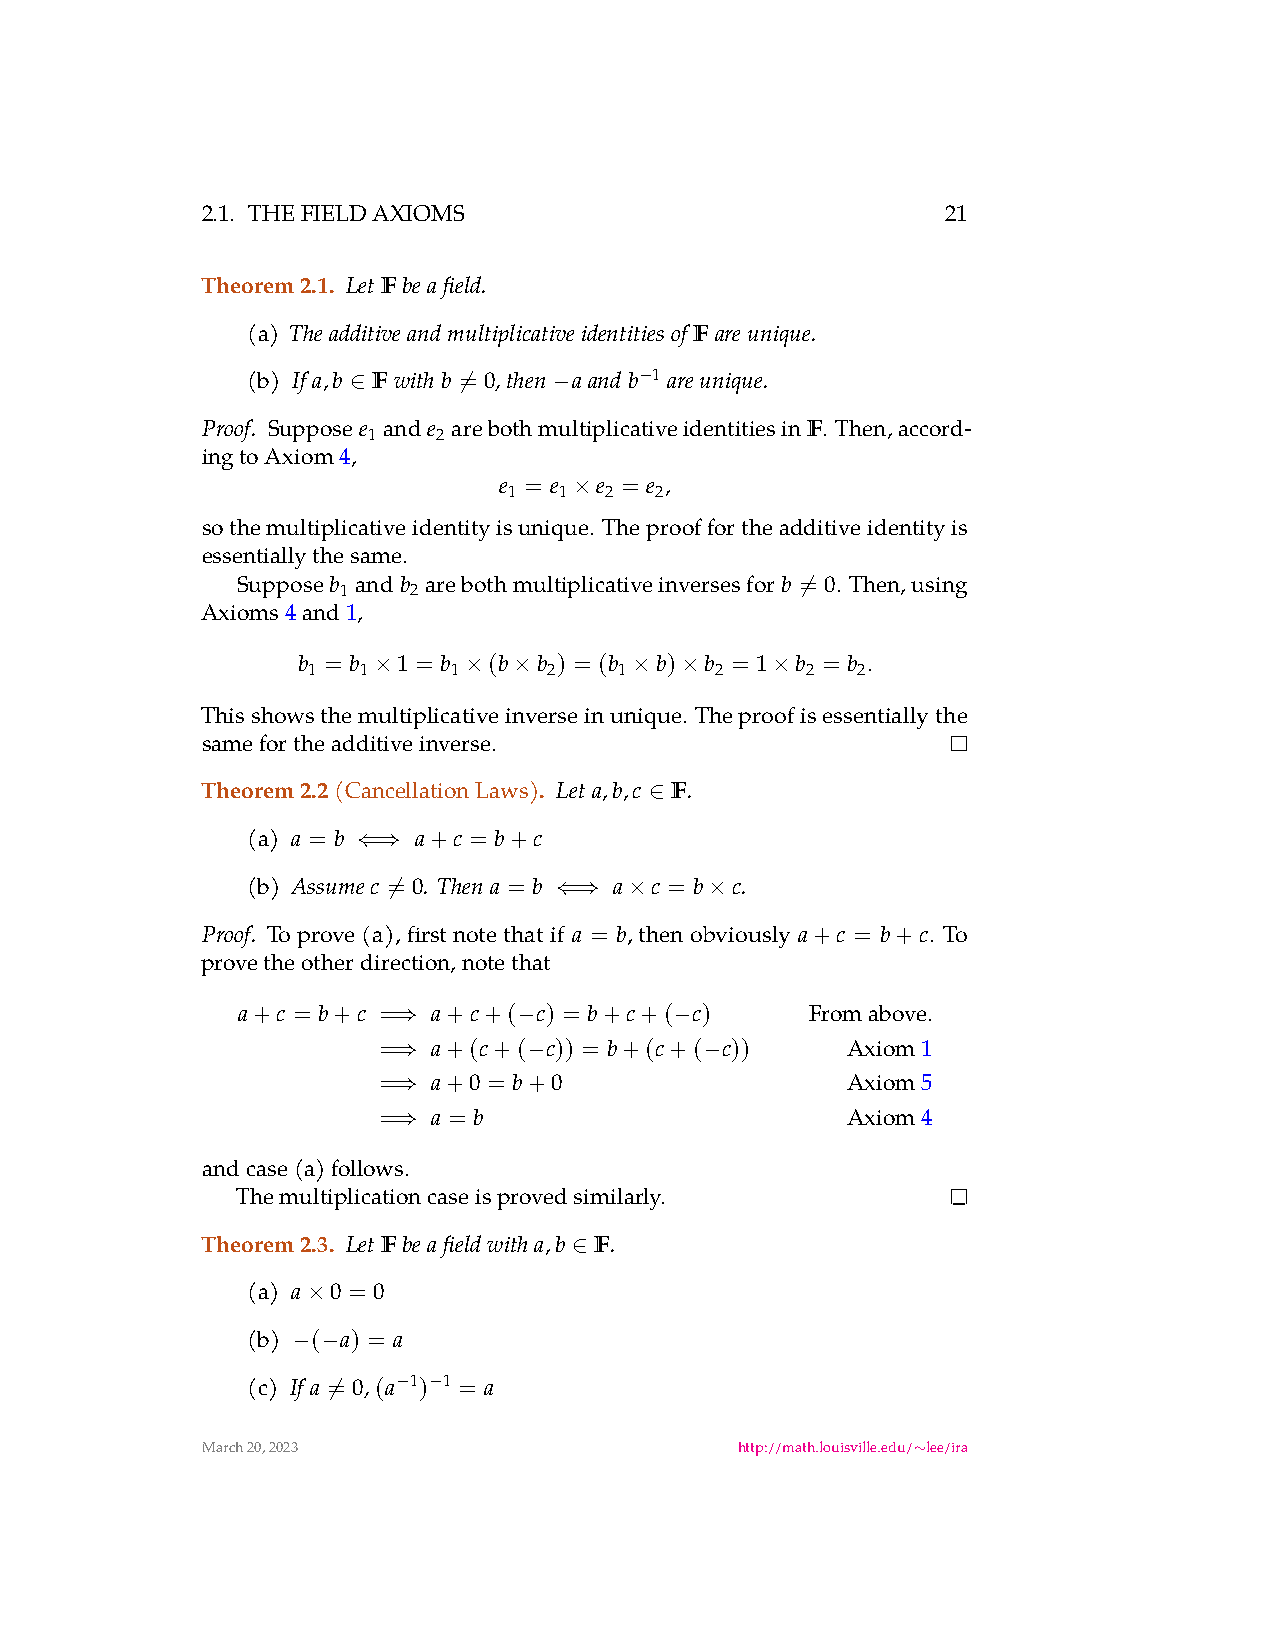
2.1. THEFIELDAXIOMS                               21
 Theorem2.1. LetF beafield.
 (a)                           F
 Theadditiveandmultiplicativeidentitiesof areunique.
 (b) If a,b F withb = 0,then aandb 1 areunique.
 −
 ∈      ̸      −
 Proof.
 Supposee ande arebothmultiplicativeidentitiesinF. Then,accord-
 1    2
 ingtoAxiom4,
 e = e e = e ,
 1  1  2  2
 ×
 sothemultiplicativeidentityisunique. Theprooffortheadditiveidentityis
 essentiallythesame.
 Supposeb andb arebothmultiplicativeinversesforb = 0. Then,using
 1   2
 ̸
 Axioms4and1,
 b = b 1 = b (b  b ) = (b b) b = 1 b = b .
 1   1     1     2    1     2     2   2
 ×     ×  ×       ×  ×     ×
 Thisshowsthemultiplicativeinverseinunique. Theproofisessentiallythe
 samefortheadditiveinverse.
 Theorem2.2(CancellationLaws). Let a,b,c F .
 ∈
 (a) a = b  a+c = b+c
 ⇐⇒
 (b) Assumec = 0. Then a = b a c = b c.
 ̸          ⇐⇒   ×    ×
 Proof. Toprove(a),firstnotethatif a = b,thenobviously a+c = b+c. To
 provetheotherdirection,notethat
 a+c = b+c =  a+c+( c) = b+c+( c)      Fromabove.
 ⇒       −          −
 =   a+(c+( c)) = b+(c+( c))    Axiom1
 ⇒        −           −
 =   a+0 = b+0                  Axiom5
 ⇒
 =   a = b                      Axiom4
 ⇒
 andcase(a)follows.
 Themultiplicationcaseisprovedsimilarly.
 Theorem2.3. LetF beafieldwith a,b F .
 ∈
 (a) a 0 = 0
 ×
 (b)  ( a) = a
 − −
 (c) If a = 0,(a 1) 1 = a
 − −
 ̸
 March20,2023                        http://math.louisville.edu/ lee/ira
 ∼